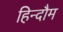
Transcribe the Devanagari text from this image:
हिन्दौम